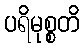
ပရိမုစ္စတိ